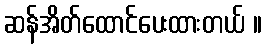
ဆန်အိတ်ထောင်ပေးထားတယ် ။